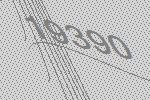
19390